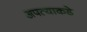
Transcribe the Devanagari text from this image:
अपत्याकडे